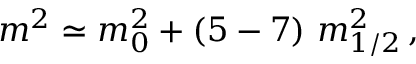
m ^ { 2 } \simeq m _ { 0 } ^ { 2 } + ( 5 - 7 ) ~ m _ { 1 / 2 } ^ { 2 } \, ,